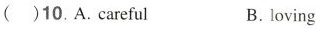
( )10. A. careful B. loving